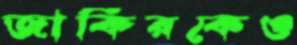
জাকিরকেও